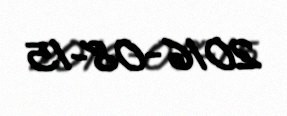
2016-08-15